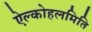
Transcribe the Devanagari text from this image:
ऐल्कोहलमिति